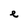
Character: e